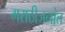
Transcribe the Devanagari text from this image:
मराठीजनांत